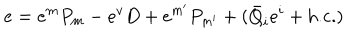
LaTeX: e = e ^ { m } P _ { m } - e ^ { v } D + e ^ { m ^ { \prime } } P _ { m ^ { \prime } } + ( \bar { Q } _ { i } e ^ { i } + \mathrm { h . c . } ) \,